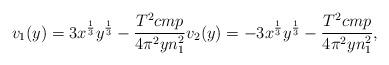
LaTeX: \begin{align*}v_1(y) = 3 x^{\frac{1}{3}} y^{\frac{1}{3}} - \frac{T^2 c m p}{4 \pi^2 y n_1^2} v_2(y) = -3 x^{\frac{1}{3}} y^{\frac{1}{3}} - \frac{T^2 c m p}{4 \pi^2 y n_1^2},\end{align*}